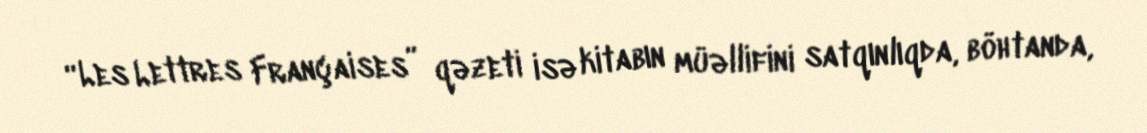
“Les Lettres Françaises” qəzeti isə kitabın müəllifini satqınlıqda, böhtanda,